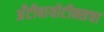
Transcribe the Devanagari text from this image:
अँटीबायोटीक्सचा